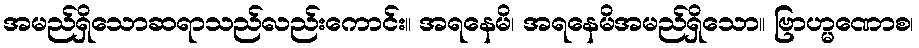
အမည်ရှိသောဆရာသည်လည်းကောင်း။ အရနေမိ၊ အရနေမိအမည်ရှိသော။ ဗြာဟ္မဏောစ၊